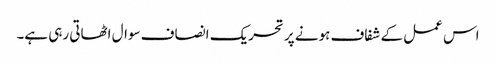
اس عمل کے شفاف ہونے پر تحریک انصاف سوال اٹھاتی رہی ہے۔